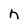
Character: n